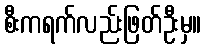
စီးကရက်လည်းဖြတ်ဦးမှ။